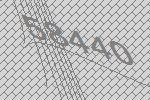
58440